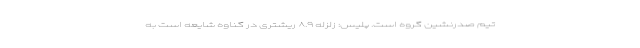
تیم صدرنشین گروه است. پلیس: زلزله ۸.۹ ریشتری در گناوه شایعه است به